Scottish Leaving Certificate Examination, 1961
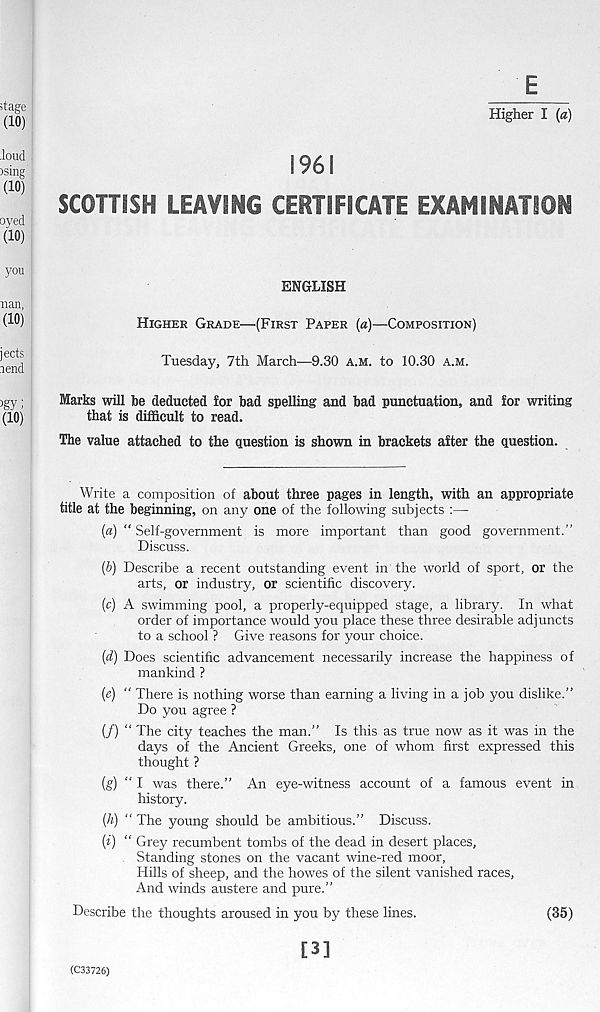
E
Higher I (a)
1961
SCOTTISH LEAVING CERTIFICATE EXAMINATION
ENGLISH
HIGHER GRADE—(FIRST PAPER (a)—COMPOSITION)
Tuesday, 7th March—9.30 A.M. to 10.30 A.M.
Marks will be deducted for bad spelling and bad punctuation, and for writing
that is difficult to read.
The value attached to the question is shown in brackets after the question.
Write a composition of about three pages in length, with an appropriate
title at the beginning, on any one of the following subjects :—
(а) “ Self-government is more important than good government.”
Discuss.
(б) Describe a recent outstanding event in the world of sport, or the
arts, or industry, or scientific discovery.
(c) A swimming pool, a properly-equipped stage, a library. In what
order of importance would you place these three desirable adjuncts
to a school ? Give reasons for your choice.
(d) Does scientific advancement necessarily increase the happiness of
mankind ?
(<?) “ There is nothing worse than earning a living in a job you dislike.”
Do you agree ?
(/) “ The city teaches the man.” Is this as true now as it was in the
days of the Ancient Greeks, one of whom first expressed this
thought ?
(g) “I was there.” An eye-witness account of a famous event in
history.
{h) “ The young should be ambitious.” Discuss.
(i) “ Grey recumbent tombs of the dead in desert places,
. Standing stones on the vacant wine-red moor,
Hills of sheep, and the howes of the silent vanished races,
And winds austere and pure.”
Describe the thoughts aroused in you by these lines.
(35)
(C33726)
[3]